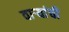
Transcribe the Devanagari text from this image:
वार्‍यांची